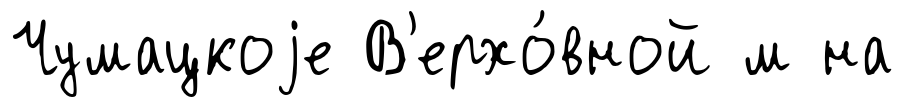
Чумацкоjе В'ерхо́вной м на